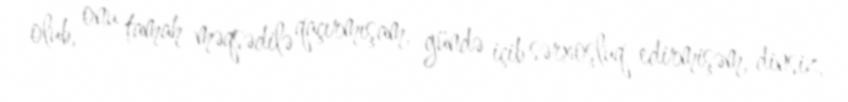
olub, onu tamah məqsədilə qaçırmışam, gündə içib sərxoşluq edirmişəm, dinsiz,